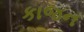
કાજન